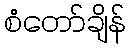
စံတော်ချိန်